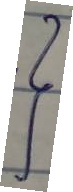
}